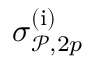
\sigma _ { \mathcal { P } , 2 p } ^ { ( \mathrm { i } ) }